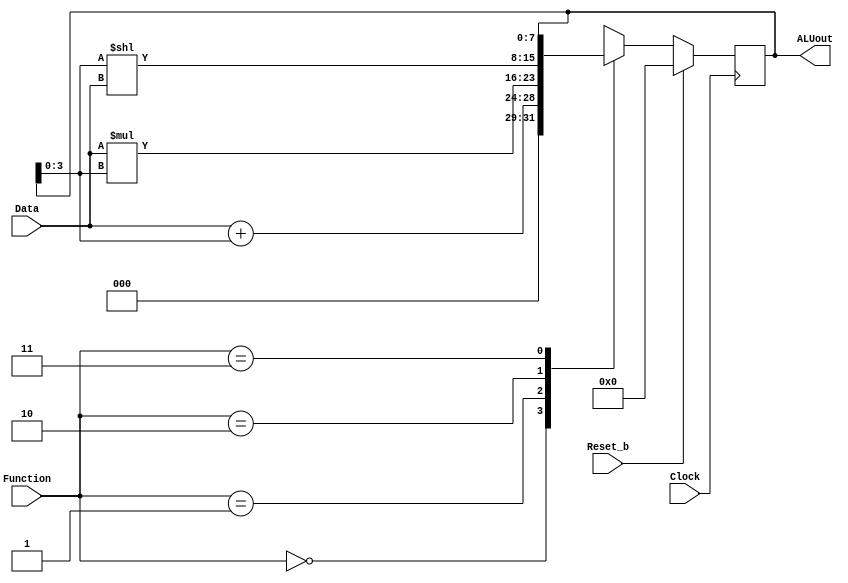
`timescale 1ns / 1ns

module part2(Clock, Reset_b, Data, Function, ALUout);
  input [1:0] Function;
  input Clock, Reset_b;
  input [3:0] Data;

  reg [7:0] pregALUout;
  output reg [7:0] ALUout;

  always @(*)
  begin
    case (Function)
      2'b00: pregALUout = Data + ALUout[3:0];
      2'b01: pregALUout = Data * ALUout[3:0];
      2'b10: pregALUout = ALUout[3:0] << Data;
      2'b11: pregALUout = ALUout;
      default: pregALUout = 0;
    endcase
  end

  always @(posedge Clock) 
  begin
    if (Reset_b)
      ALUout <= 0;
    else 
      ALUout <= pregALUout;
  end

endmodule